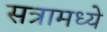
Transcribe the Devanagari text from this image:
सत्रामध्ये